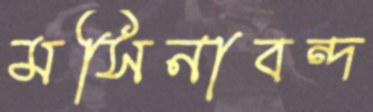
মসিনাবন্দ